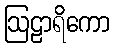
ဩဠာရိကော